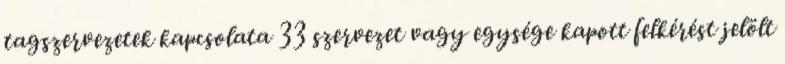
tagszervezetek kapcsolata 33 szervezet vagy egysége kapott felkérést jelölt